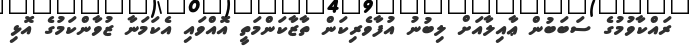
ރައްކާވުމުގެ ސަބަބުން ޢާއިލާއަށް ލިބުނު އުފާވެރިކަން ތާޒާކަންމަތީ އޮއްވައި އެކަމަނާ ޒުވާންކަމުގެ އޮޅި